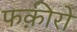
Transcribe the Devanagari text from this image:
फक़ीरों